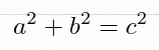
a^2+b^2=c^2